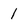
Character: 1